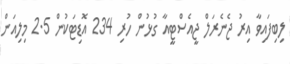
ލިބިފައިވާ އިރު ޖެނެރަލް ޖީއެސްޓީއާ ގުޅުން ހުރި 234 އޮޑިޓަކުން 2.5 މިލިއަން